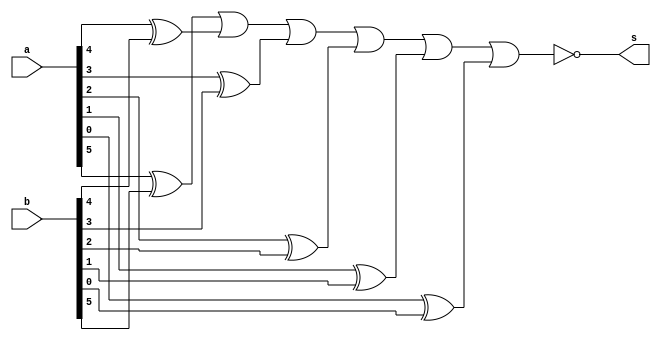
//ARQ1 - Eduardo Botelho de Andrade - 427395

module equals (output s,
               input [5:0] a,
               input [5:0] b);

   wire w1,w2,w3,w4,w5,w6;

   xor xor1 (w1,a[5],b[5]);
   xor xor2 (w2,a[4],b[4]);
   xor xor3 (w3,a[3],b[3]);
   xor xor4 (w4,a[2],b[2]);
   xor xor5 (w5,a[1],b[1]);
   xor xor6 (w6,a[0],b[0]);
   nor nor1 (s,w1,w2,w3,w4,w5,w6);

endmodule

module testAlu;
  reg [5:0] a;
  reg [5:0] b;
  wire s;

  equals eq1 (s,a,b);

  initial begin
   a=6'b000000; b=6'b000000;
  end

  initial begin
    $display("Teste ALU - Eduardo Botelho");
    $display("s        a         b");
    $monitor("%b %b %b",s,a,b);

    #1 a=6'b000001;
    #1 a=6'b000011; b=6'b000001;
    #1 a=6'b000000; b=6'b001110;

  end
endmodule